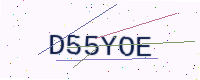
Text: D55YOE